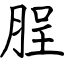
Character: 脭